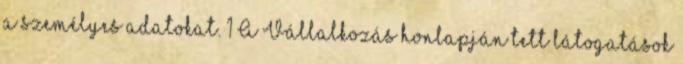
a személyes adatokat. 1 A Vállalkozás honlapján tett látogatások